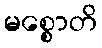
မစ္စောတိ